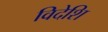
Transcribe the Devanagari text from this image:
विदेशि